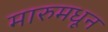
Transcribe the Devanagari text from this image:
मारुमधून